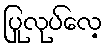
ပြုလုပ်လေ့